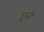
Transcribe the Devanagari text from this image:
छूरे